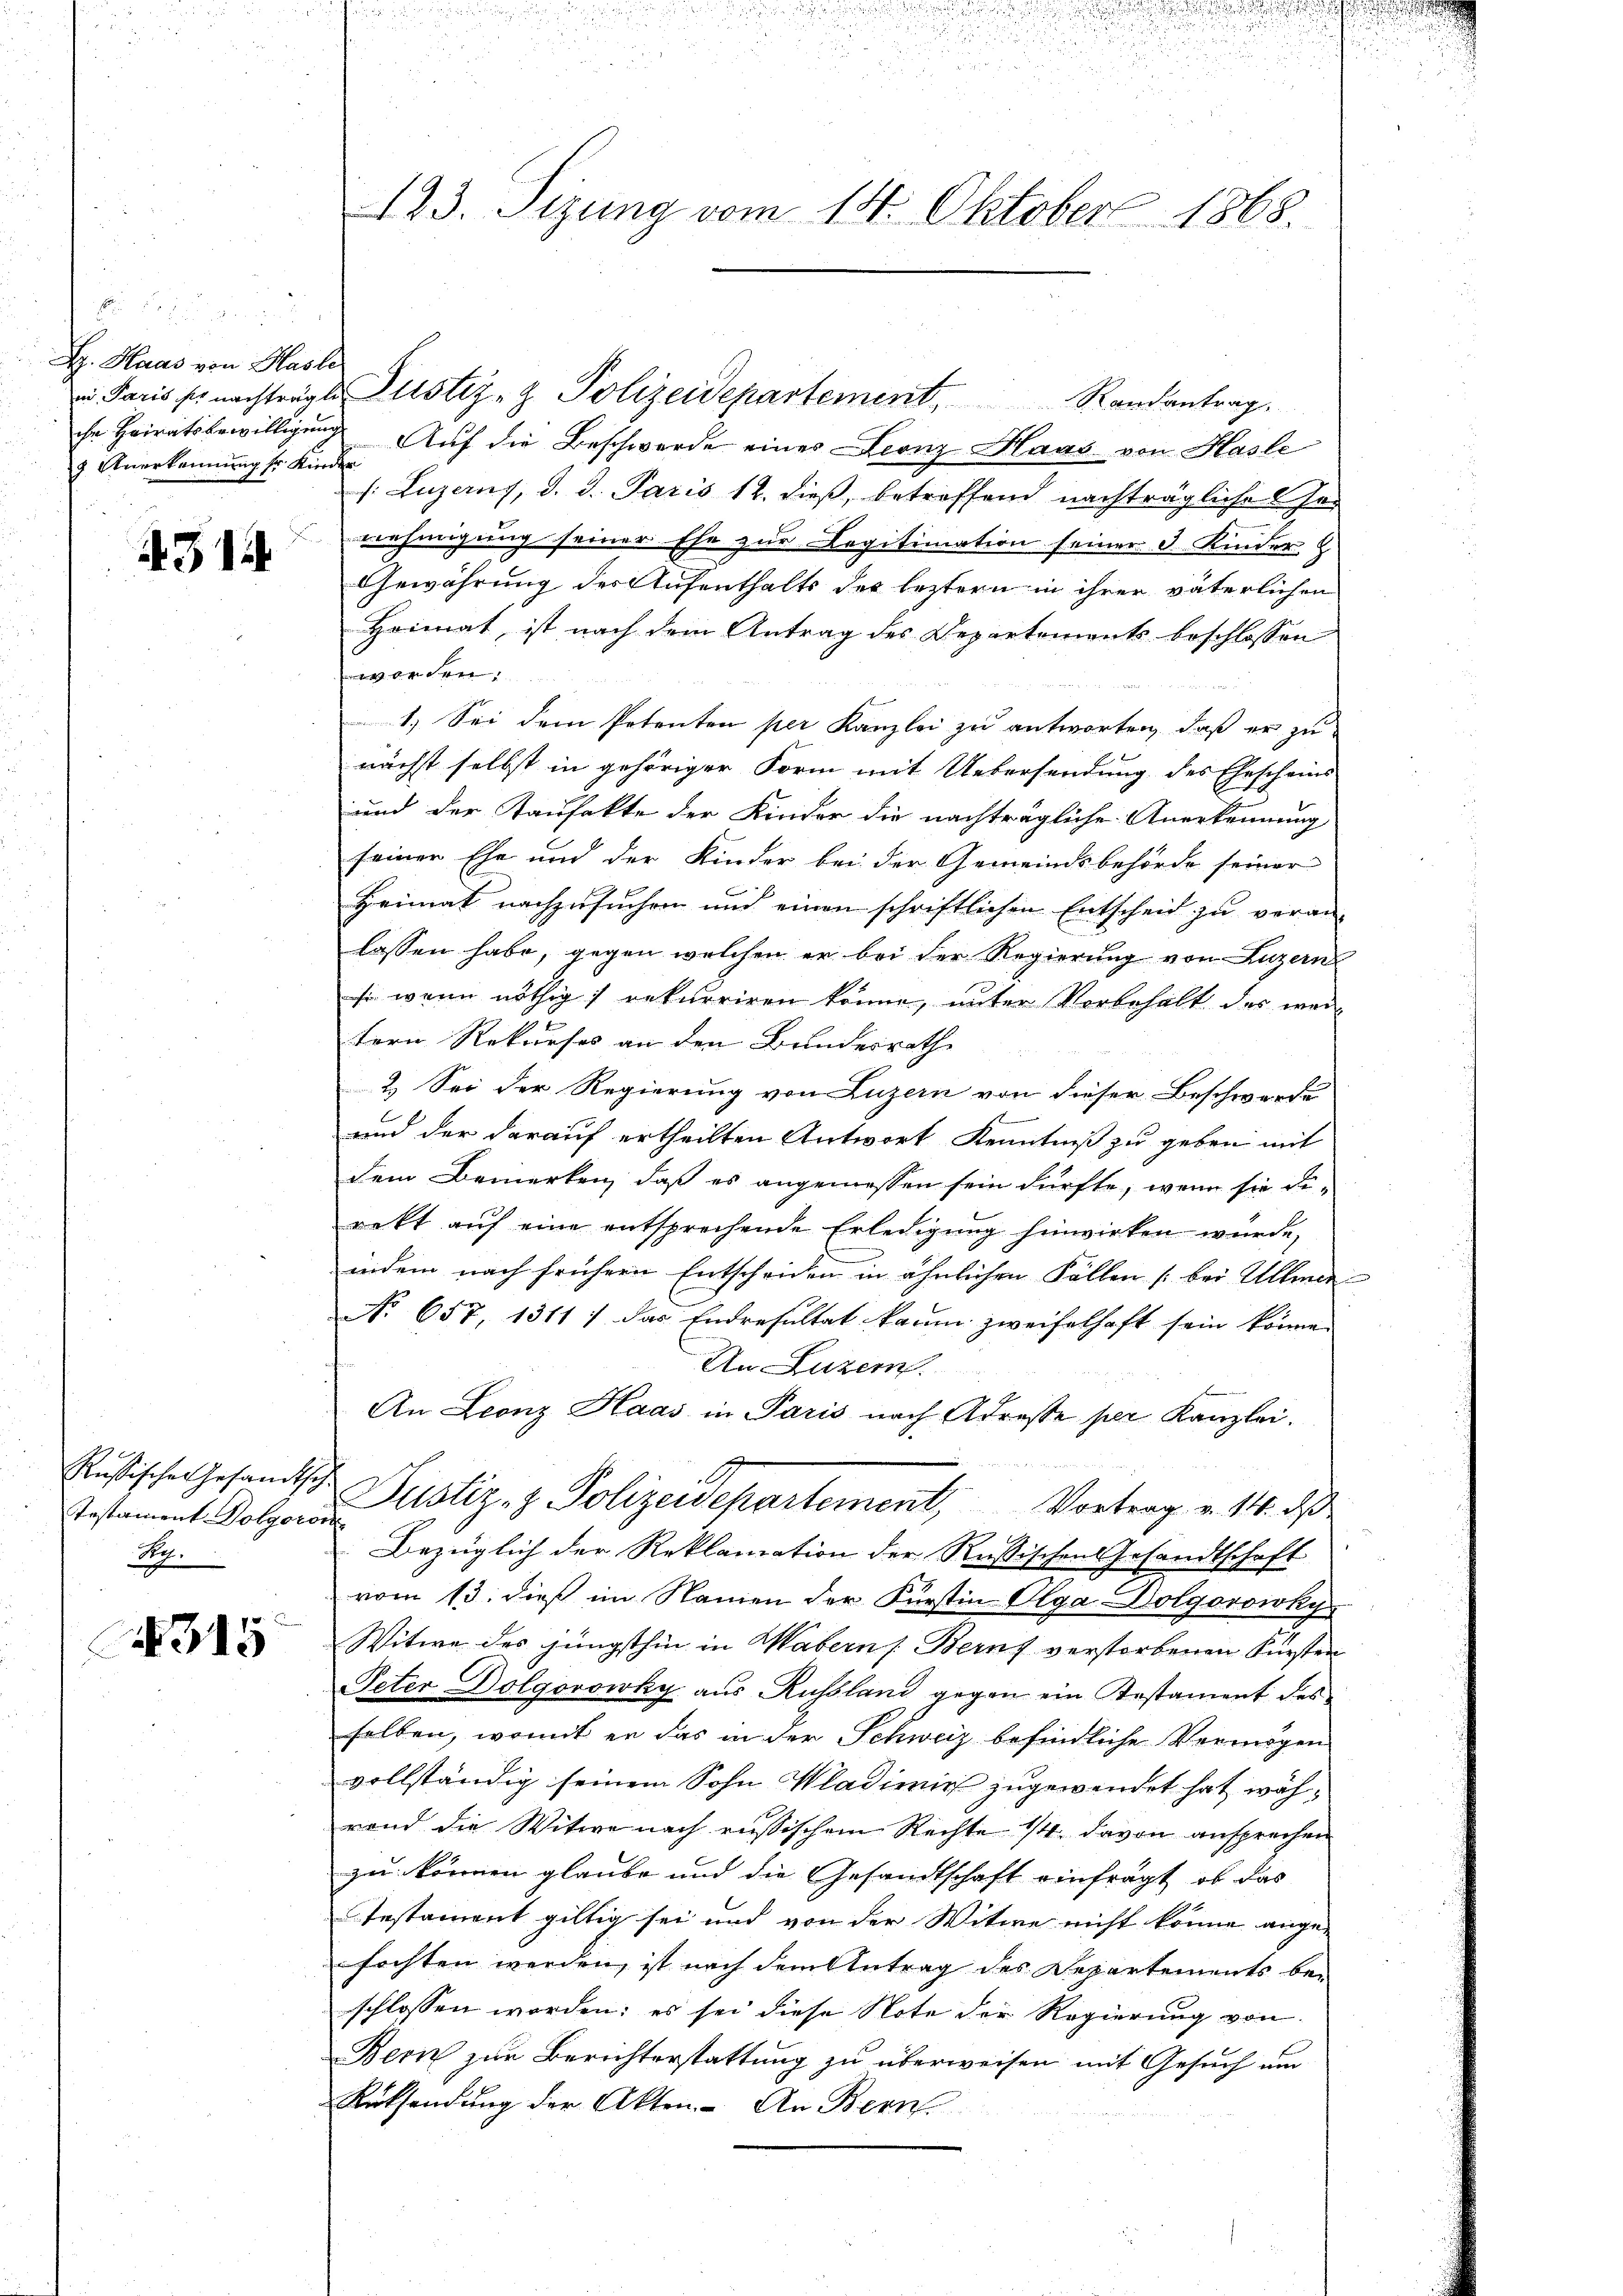
s
Dz. Haas von Hasle
2 Anerkennung sr Kinder

431

Testament Dolgoros
Ng.

315

123. Sizung vom 14. Oktober 1868.

in Paris se nachträgte Zustiz- & Polizeidepartement, Randantrag.
che Heiratsbewilligung Auf die Beschwerde eines Leonz Haas von Hasle
s: Luzerns, d. d. Paris 12. dieß, betreffend nachträgliche Ger
nehmigung seiner Ehe zur Legitimation seiner 3 Kinder
Gewährung des Aufenthalts des leztern in ihrer väterlichen
Heimat, ist nach dem Antrag des Departements beschlossen
n
1. Sei dem Petenten per Kanzlei zu antworten, daß er zu
nächst selbst in gehöriger Form mit Uebersendung des Ehescheins
und der Taufakte der Kinder die nachträgliche Anerkennung
seiner Ehe und der Kinder bei der Gemeindsbehörde seiner
Heimat nachzusuchen und einen schriftlichen Entscheid zu veran-
lassen habe, gegen welchen er bei der Regierung von Luzern
s wenn nöthig) rekurriren könne, unter Vorbehalt des weitern Rekurses an den Bundesrath
2. Sei der Regierung von Luzern von dieser Beschwerde
und der darauf ertheilten Antwort Kenntniß zu geben mit
dem Bemerken, daß es angemessen sein dürfte, wenn sie di-
rekt auf eine entsprechende Erledigung hinwirken würde,
indem nach frühern Entscheiden in ähnlichen Fällen bei Ullmer
No 657, 1311; das Endresultat kaum zweifelhaft sein könne.
An Luzer
An Leonz Haas in Paris nach Adresse per Kanzlei.
Rußischen Gesandtsche Justiz- & Polizeidepartement, Vortrag v. 14. das
i
Bezüglich der Reklamation der Russischen Gesandtschaft
vom 13. dieß im Namen der Fürstin Olga-Dolgorowsky
Witwe des jüngsthin in Wabern Beruf verstorbenen Fürsten
Peter Dolgorowky aus Russland gegen ein Testament des
selben, womit er das in der Schweiz befindliche Vermögen
vollständig seinem Sohn Wladimir zugewendet hat während die Witwe nach russischem Rechte 1/4. davon ansprechen
zu können glaube und die Gesandtschaft einfragt, ob das
Instament giltig sei und von der Witwe nicht könne ange-
fochten werden, ist nach dem Antrag des Departements bei
schlossen worden; es sei diese Note der Regierung von
Bern zur Berichterstattung zu überweisen mit Gesuch um
Rücksendung der Akten. An Bern